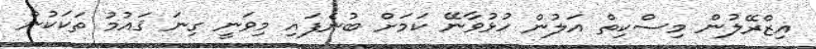
އިޒްރޭލުން މިސްކިތް އަލުން ހުޅުވާނޭ ކަމަށް ބުނެފައި މިވަނީ ގިނަ ޤައުމު ތަކަކުން